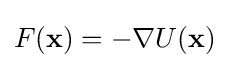
F(\mathbf {x} )=-\nabla U(\mathbf {x} )